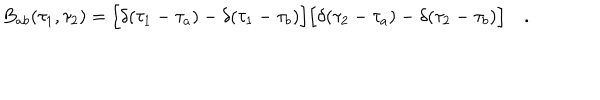
B _ { a b } ( \tau _ { 1 } , \tau _ { 2 } ) = \Bigl [ \delta ( \tau _ { 1 } - \tau _ { a } ) - \delta ( \tau _ { 1 } - \tau _ { b } ) \Bigr ] \Bigl [ \delta ( \tau _ { 2 } - \tau _ { a } ) - \delta ( \tau _ { 2 } - \tau _ { b } ) \Bigr ] \quad .